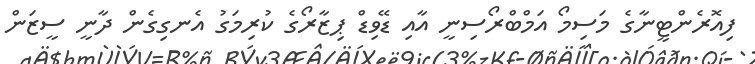
ފިއޮރެންޓީނާގެ މަސިމޯ އަމްބްރޯސިނީ އާއި ޑޭވިޑް ޕިޒާރޯގެ ކުރިމަގު އެނގިގެން ދާނީ ސީޒަން